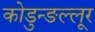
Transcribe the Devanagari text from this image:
कोडुन्ङल्लूर